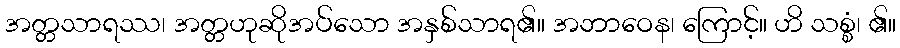
အတ္တသာရဿ၊ အတ္တဟုဆိုအပ်သော အနှစ်သာရ၏။ အဘာဝေန၊ ကြောင့်။ ဟိ သစ္စံ၊ ၏။